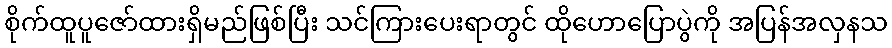
စိုက်ထူပူဇော်ထားရှိမည်ဖြစ်ပြီး သင်ကြားပေးရာတွင် ထိုဟောပြောပွဲကို အပြန်အလှနသ